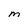
Character: M